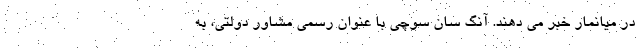
در میانمار خبر می دهند. آنگ سان سوچی با عنوان رسمی مشاور دولتی، به